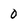
Character: 0